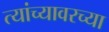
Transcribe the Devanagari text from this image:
त्यांच्यावरच्या